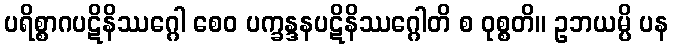
ပရိစ္စာဂပဋိနိဿဂ္ဂေါ စေဝ ပက္ခန္ဒနပဋိနိဿဂ္ဂေါတိ စ ဝုစ္စတိ။ ဥဘယမ္ပိ ပန